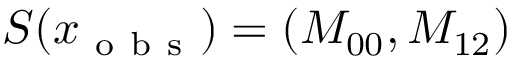
S ( x _ { \mathrm { ~ o ~ b ~ s ~ } } ) = \left( M _ { 0 0 } , M _ { 1 2 } \right)